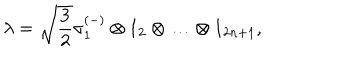
LaTeX: \lambda = \sqrt { \frac { 3 } { 2 } } \sigma _ { 1 } ^ { ( - ) } \otimes 1 _ { 2 } \otimes \ldots \otimes 1 _ { 2 n + 1 } ,